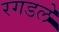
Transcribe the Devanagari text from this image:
रगडले